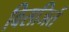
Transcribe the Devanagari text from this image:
विसजिर्त